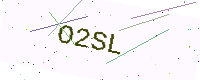
Text: O2SL